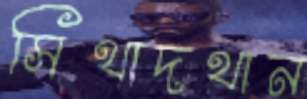
সিথাদথান